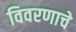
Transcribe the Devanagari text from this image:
विवरणाचे